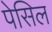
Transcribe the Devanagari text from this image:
पेसिल